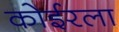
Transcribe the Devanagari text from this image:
कोईरला